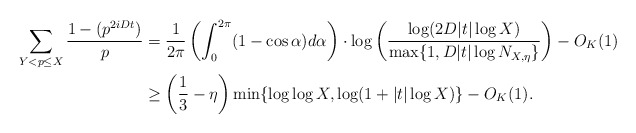
\begin{align*}\sum_{Y < p \leq X} \frac{1-(p^{2iDt})}{p} &= \frac{1}{2\pi} \left(\int_0^{2\pi} (1-\cos \alpha)d\alpha\right) \cdot \log\left(\frac{\log(2D|t| \log X)}{\max\{1, D|t|\log N_{X,\eta}\}}\right) - O_K(1)\\&\geq \left(\frac{1}{3}-\eta\right) \min\{\log\log X, \log(1+|t| \log X)\} - O_K(1).\end{align*}